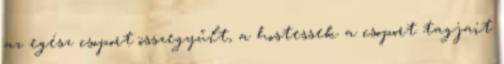
az egész csoport összegyűlt, a hostessek a csoport tagjait